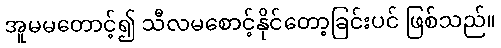
အူမမတောင့်၍ သီလမစောင့်နိုင်တော့ခြင်းပင် ဖြစ်သည်။